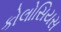
કોલોસિયસ